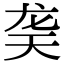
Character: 䶮